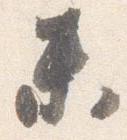
未